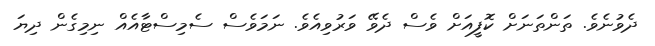
ދެވުނެވެ. ތަންތަނަށް ކޮފީއަށް ވެސް ދެވޭ ވަރުވިއެވެ. ނަމަވެސް ސެމިސްޓާއެއް ނިމިގެން ދިޔަ